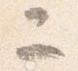
ニ